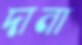
দানা